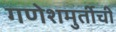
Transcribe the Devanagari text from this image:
गणेशमुर्तीची